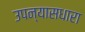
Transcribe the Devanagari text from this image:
उपन्यासधारा